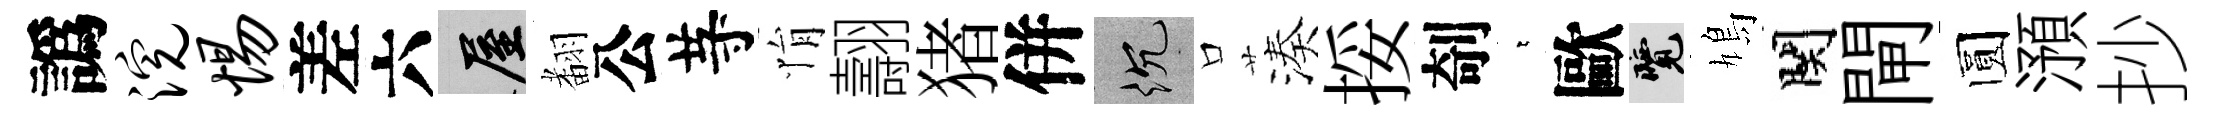
譌浣惕差六屋𮋒公䒭悁翿猪併沉口湊挼剞萋歐覽鳩関閘圆澦抄